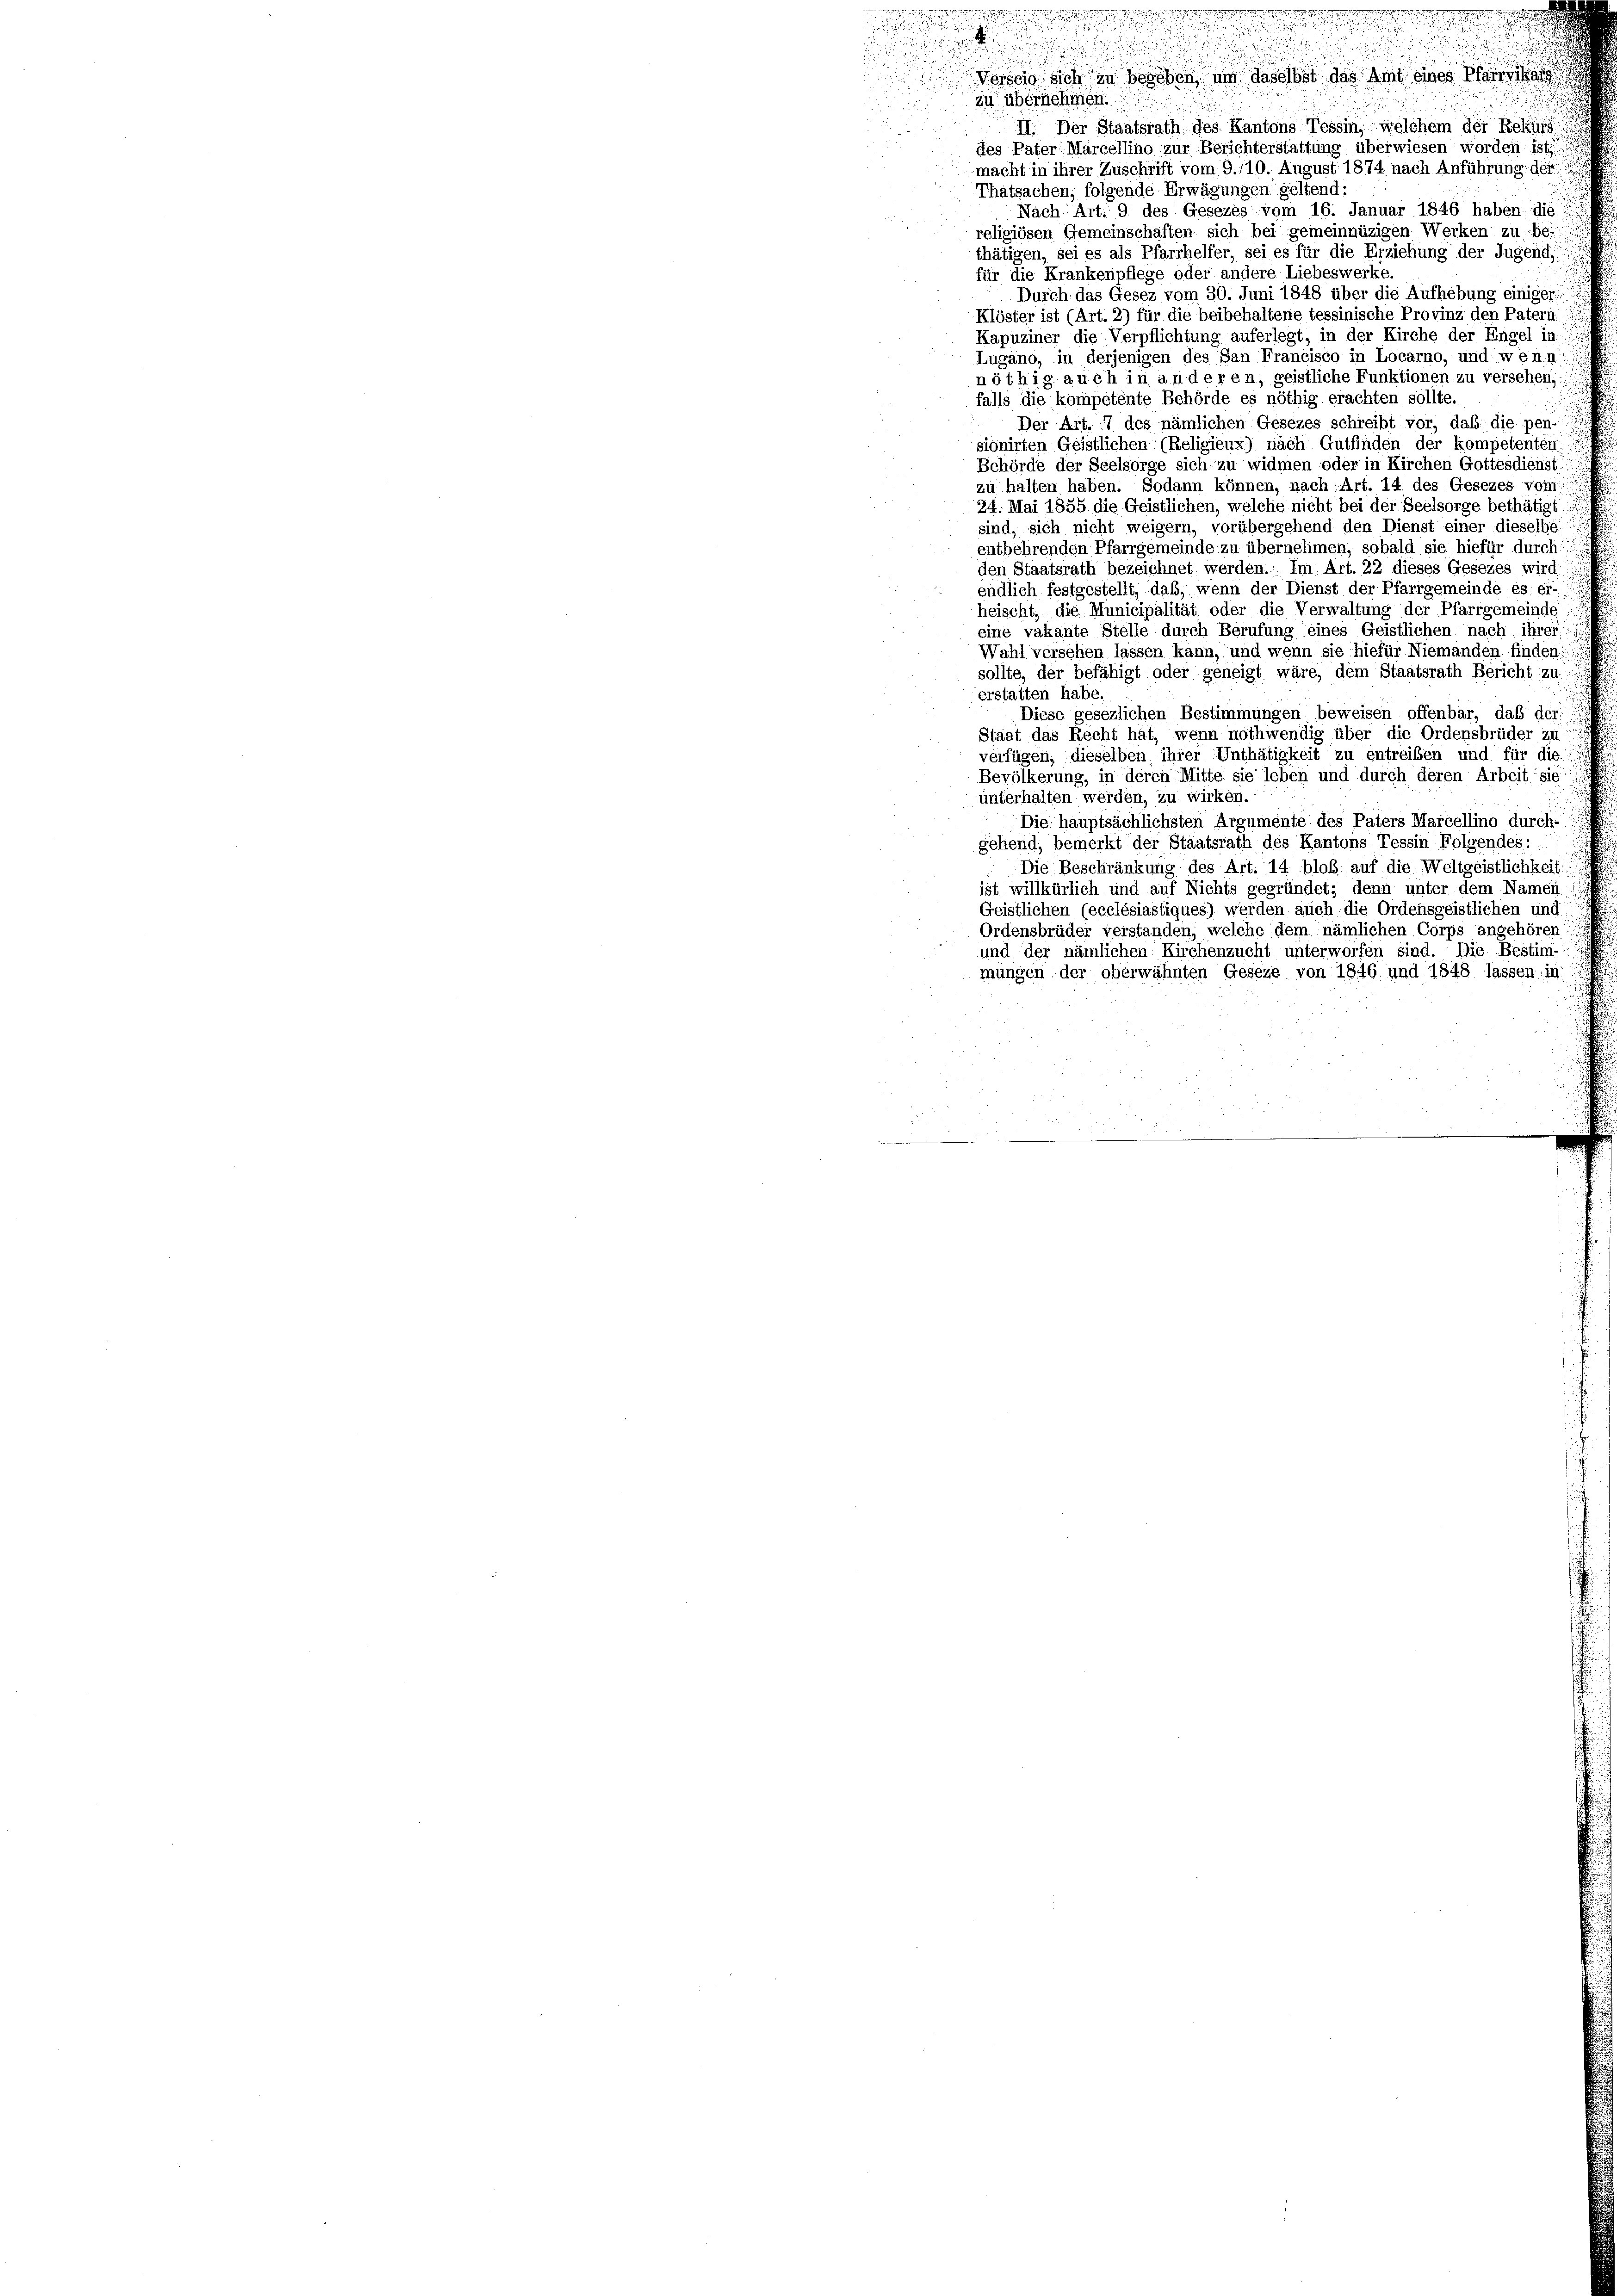
n

Vorscio sich in besehen, um daselbst das Amt eines
zu übernehmen.
II. Der Staatsrath des Kantons Tessin, welchem der Rekurs
des Pater Marcellino zur Berichterstattung überwiesen worden ist.
macht in ihrer Zuschrift vom 9./10. August 1874 nach Anführung des
Thatsachen, folgende Erwägungen geltend:
Nach Art. 9 des Gesezes vom 16. Januar 1846 haben: die
religiösen Gemeinschaften sich bei gemeinnüzigen Werken zu be-
thätigen, sei es als Pfarrhelfer, sei es für die Erziehung der Jugend,
für die Krankenpflege oder andere Liebeswerke
Durch das Gesez vom 30. Juni 1848 über die Aufhebung einiger:
Klöster ist (Art. 2) für die beibehaltene tessinische Provinz den Patern
Kapuziner die Verpflichtung auferlegt, in der Kirche der Engel in
Lugano, in derjenigen des San Francisco in Locarno, und wenn
nöthig auch in anderen, geistliche Funktionen zu versehen,
falls die kompetente Behörde es nöthig erachten sollte.
Der Art. 7 des nämlichen Gesezes schreibt vor, daß die pen-
sionirten Geistlichen (Religieux) nach Gutfinden der kompetenten
Behörde der Seelsorge sich zu widmen oder in Kirchen Gottesdienst
zu halten haben. Sodann können, nach Art. 14 des Gesezes vom
24. Mai 1855 die Geistlichen, welche nicht bei der Seelsorge bethätigt:
sind, sich nicht weigern, vorübergehend den Dienst einer dieselbe
entbehrenden Pfarrgemeinde zu übernehmen, sobald sie hiefür durch
den Staatsrath bezeichnet werden. Im Art. 22 dieses Gesezes wird
endlich festgestellt, daß, wenn der Dienst der Pfarrgemeinde es er-
heischt, die Municipalität oder die Verwaltung der Pfarrgemeinde
eine vakante Stelle durch Berufung eines Geistlichen nach ihrer
Wahl versehen lassen kann, und wenn sie hiefür Niemanden finden
sollte, der befähigt oder geneigt wäre, dem Staatsrath Bericht zu
erstatten habe.
Diese gesezlichen Bestimmungen beweisen offenbar, daß der
Staat das Recht hat, wenn nothwendig über die Ordensbrüder zu
verfügen, dieselben ihrer Unthätigkeit zu entreiben und für die
Bevölkerung, in deren Mitte sie leben und durch deren Arbeit sie
unterhalten werden, zu wirken.
Die hauptsächlichsten Argumente des Paters Marcellino durch-
gehend, bemerkt der Staatsrath des Kantons Tessin Folgendes:
Die Beschränkung des Art. 14 bloß auf die Weltgeistlichkeit:
ist willkürlich und auf Nichts gegründet; denn unter dem Namen
Geistlichen (ecclésiastiques) werden auch die Ordensgeistlichen und
Ordensbrüder verstanden, welche dem nämlichen Corps angehören
und der nämlichen Kirchenzucht unterworfen sind. Die Bestim-
mungen der oberwähnten Geseze von 1846. und 1848 lassen in